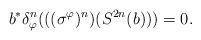
LaTeX: \begin{align*}b^* \delta_{\varphi}^{n}(((\sigma^{\varphi})^n)(S^{2n}(b)))=0.\end{align*}